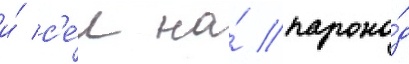
и́ с'е́л на́ парохо́д